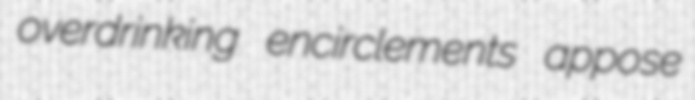
overdrinking encirclements appose